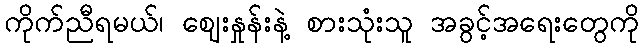
ကိုက်ညီရမယ်၊ ဈေးနှုန်းနဲ့ စားသုံးသူ အခွင့်အရေးတွေကို